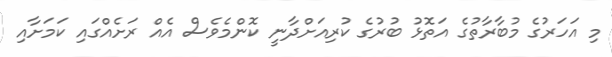
މި އަހަރުގެ މުބާރާތުގެ އަތޮޅު ބުރުގެ ކުރިއަށްދާނީ ކޮންމެވެސް އެއް ރަށެއްގައި ކަމަށާއި